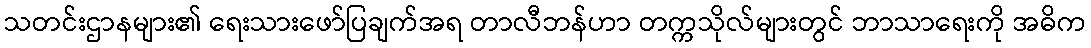
သတင်းဌာနများ၏ ရေးသားဖော်ပြချက်အရ တာလီဘန်ဟာ တက္ကသိုလ်များတွင် ဘာသာရေးကို အဓိက